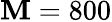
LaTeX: \mathbf{M}=800